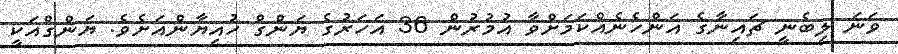
ވަނަ ލިބެނީ ޗައިނާގެ އަންހެނެއްކަމަށްވާ އުމުރުން 36 އަހަރުގެ ޔަންގް ހުއިޔާންއަށެވެ. ޔަންގްއަކީ